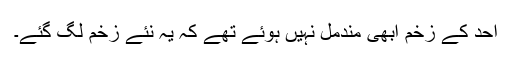
احد کے زخم ابھی مندمل نہیں ہوئے تھے کہ یہ نئے زخم لگ گئے۔